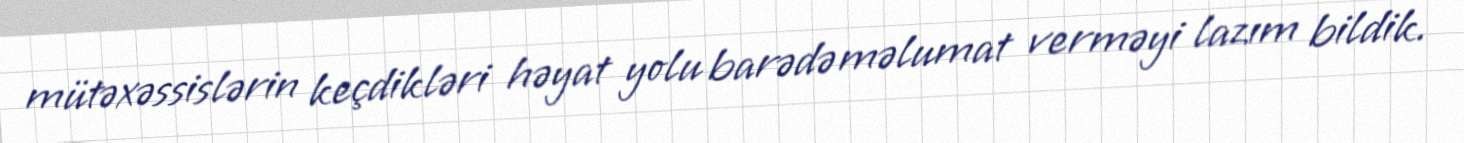
mütəxəssislərin keçdikləri həyat yolu barədə məlumat verməyi lazım bildik.